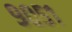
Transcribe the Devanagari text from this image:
९०५१